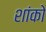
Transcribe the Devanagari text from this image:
शांको